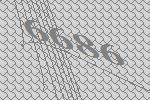
6686